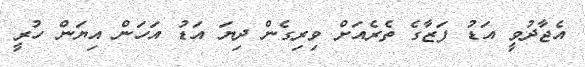
އެޖާދުވީ އަޑު ފަޒާގެ ތެރެއަށް ވިރިގެން ދިޔަ އަޑު އަހަން އިޔަން ހުރީ